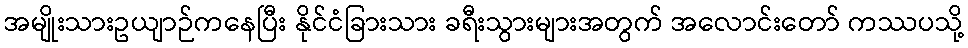
အမျိုးသားဥယျာဉ်ကနေပြီး နိုင်ငံခြားသား ခရီးသွားများအတွက် အလောင်းတော် ကဿပသို့